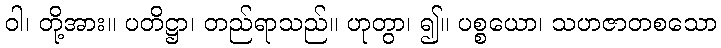
ဝါ၊ တို့အား။ ပတိဋ္ဌာ၊ တည်ရာသည်။ ဟုတွာ၊ ၍။ ပစ္စယော၊ သဟဇာတစသော